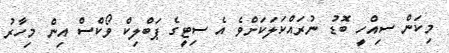
މިކަން ސިއްހީ ބޮޑު ނުރައްކަލަކަށްވެ އެ ސިޓީގެ ޕަބްލިކް ވޯކްސް އިން މިހާރު